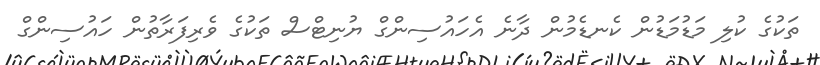
ތަކުގެ ކުލި މަޑުމަޑުން ކެނޑެމުން ދާނެ އެހައުސިންގް ޔުނިޓްސް ތަކުގެ ވެރިފަރާތުން ހައުސިންގް